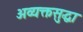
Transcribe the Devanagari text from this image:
अव्यक्तसुद्धा